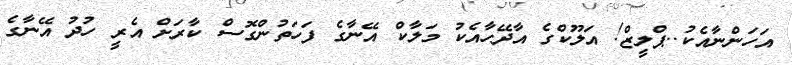
އަހަންނާއެކު..ޕްލީޒް! އަލޫކްގެ އާދޭހާއެކު މަލާކް އޭނާގެ ފަހަތުންގޮސް ކާރަށް އެރީ ހުދު އޭނާގެ